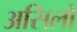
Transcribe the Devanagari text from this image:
असिलो